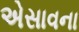
એસાવના